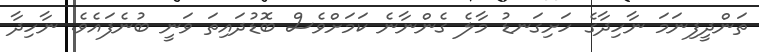
ތަންދީފިނަމަ ނާހިދާގެ ހަށިގަނޑު މާލެ ގެންނާނެ ކަމަށްވެސް ބޮޑުދައިތަ ވަނީ ބުނެފައެވެ. ނާހިދާ